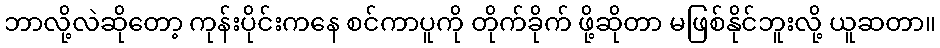
ဘာလို့လဲဆိုတော့ ကုန်းပိုင်းကနေ စင်ကာပူကို တိုက်ခိုက် ဖို့ဆိုတာ မဖြစ်နိုင်ဘူးလို့ ယူဆတာ။